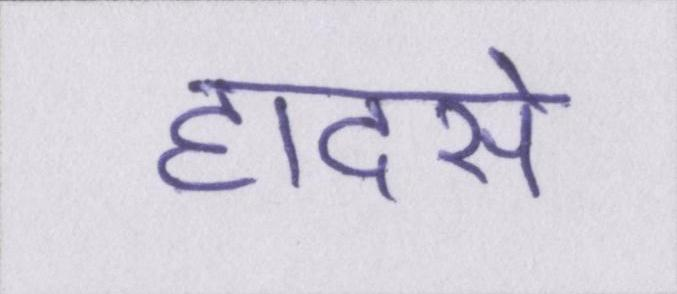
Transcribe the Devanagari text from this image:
हादसे